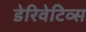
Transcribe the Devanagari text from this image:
डेरिवेटिव्स